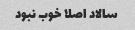
سالاد اصلا خوب نبود